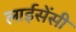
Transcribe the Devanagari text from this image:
लाईसेंसी